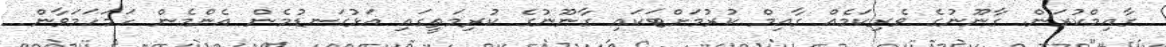
ގާއިމްކުރަން. ގާނޫނުގެ ވެރިކަމެއް ގާއިމް ކުރުމަށްޓަކައި ގާނޫނުގެ ކުރިމަތީގައި އަޅުގަނޑުމެން އެންމެން ހަމަހަމަވާން